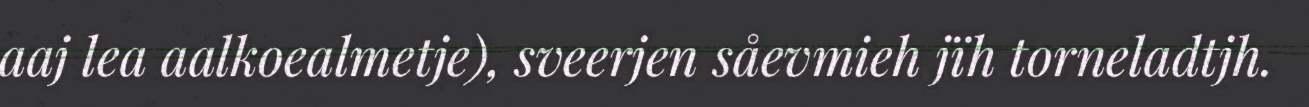
aaj lea aalkoealmetje), sveerjen såevmieh jïh torneladtjh.